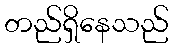
တည်ရှိနေသည်